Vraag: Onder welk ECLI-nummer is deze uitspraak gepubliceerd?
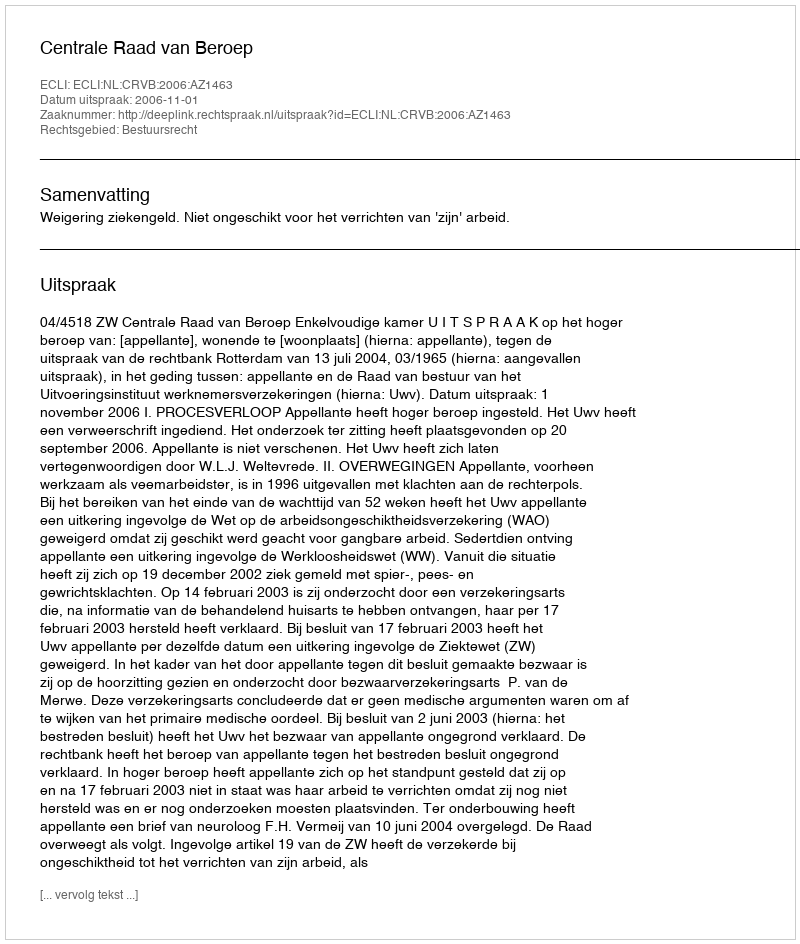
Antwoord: ECLI:NL:CRVB:2006:AZ1463